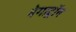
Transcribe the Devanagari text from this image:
नेगाट्रॉन